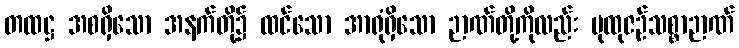
တထဋ္ဌ အစရှိသော အနက်တို့၌ ထင်သော အာရုံရှိသော ဉာဏ်တို့ကိုလည်း ပုထုဇဉ်သစ္စာဉာဏ်